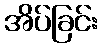
အိပ်ခြင်း